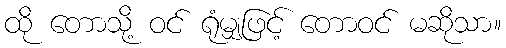
ထို တောသို့ ဝင် ရုံမျှဖြင့် တောဝင် မဆိုသာ။